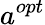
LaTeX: a^{opt}